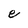
Character: e